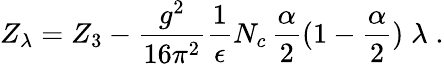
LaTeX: Z_{\lambda}=Z_{3}-\frac{g^{2}}{16\pi^{2}}\frac{1}{\epsilon}N_{c}\, \frac\alpha 2(1-\frac\alpha 2)\; \lambda\; .